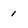
Character: 1